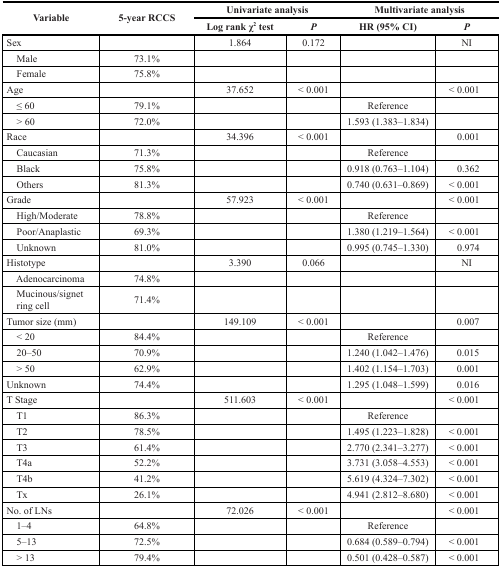
<table><thead><tr><td rowspan="2"><b>Variable</b></td><td rowspan="2"><b>5-year RCCS</b></td><td colspan="2"><b>Univariate analysis</b></td><td colspan="2"><b>Multivariate analysis</b></td></tr><tr><td><b>Log rank <i>χ<sup>2</sup></i> test</b></td><td><b><i>P</i></b></td><td><b>HR (95% CI)</b></td><td><b><i>P</i></b></td></tr></thead><tbody><tr><td>Sex</td><td></td><td>1.864</td><td>0.172</td><td></td><td>NI</td></tr><tr><td> Male</td><td>73.1%</td><td></td><td></td><td></td><td></td></tr><tr><td> Female</td><td>75.8%</td><td></td><td></td><td></td><td></td></tr><tr><td>Age</td><td></td><td>37.652</td><td>&lt; 0.001</td><td></td><td>&lt; 0.001</td></tr><tr><td> ≤ 60</td><td>79.1%</td><td></td><td></td><td>Reference</td><td></td></tr><tr><td> &gt; 60</td><td>72.0%</td><td></td><td></td><td>1.593 (1.383–1.834)</td><td></td></tr><tr><td>Race</td><td></td><td>34.396</td><td>&lt; 0.001</td><td></td><td>0.001</td></tr><tr><td> Caucasian</td><td>71.3%</td><td></td><td></td><td>Reference</td><td></td></tr><tr><td> Black</td><td>75.8%</td><td></td><td></td><td>0.918 (0.763–1.104)</td><td>0.362</td></tr><tr><td> Others</td><td>81.3%</td><td></td><td></td><td>0.740 (0.631–0.869)</td><td>&lt; 0.001</td></tr><tr><td>Grade</td><td></td><td>57.923</td><td>&lt; 0.001</td><td></td><td>&lt; 0.001</td></tr><tr><td> High/Moderate</td><td>78.8%</td><td></td><td></td><td>Reference</td><td></td></tr><tr><td> Poor/Anaplastic</td><td>69.3%</td><td></td><td></td><td>1.380 (1.219–1.564)</td><td>&lt; 0.001</td></tr><tr><td> Unknown</td><td>81.0%</td><td></td><td></td><td>0.995 (0.745–1.330)</td><td>0.974</td></tr><tr><td>Histotype</td><td></td><td>3.390</td><td>0.066</td><td></td><td>NI</td></tr><tr><td> Adenocarcinoma</td><td>74.8%</td><td></td><td></td><td></td><td></td></tr><tr><td> Mucinous/signet ring cell</td><td>71.4%</td><td></td><td></td><td></td><td></td></tr><tr><td>Tumor size (mm)</td><td></td><td>149.109</td><td>&lt; 0.001</td><td></td><td>0.007</td></tr><tr><td> &lt; 20</td><td>84.4%</td><td></td><td></td><td>Reference</td><td></td></tr><tr><td> 20–50</td><td>70.9%</td><td></td><td></td><td>1.240 (1.042–1.476)</td><td>0.015</td></tr><tr><td> &gt; 50</td><td>62.9%</td><td></td><td></td><td>1.402 (1.154–1.703)</td><td>0.001</td></tr><tr><td>Unknown</td><td>74.4%</td><td></td><td></td><td>1.295 (1.048–1.599)</td><td>0.016</td></tr><tr><td>T Stage</td><td></td><td>511.603</td><td>&lt; 0.001</td><td></td><td>&lt; 0.001</td></tr><tr><td> T1</td><td>86.3%</td><td></td><td></td><td>Reference</td><td></td></tr><tr><td> T2</td><td>78.5%</td><td></td><td></td><td>1.495 (1.223–1.828)</td><td>&lt; 0.001</td></tr><tr><td> T3</td><td>61.4%</td><td></td><td></td><td>2.770 (2.341–3.277)</td><td>&lt; 0.001</td></tr><tr><td> T4a</td><td>52.2%</td><td></td><td></td><td>3.731 (3.058–4.553)</td><td>&lt; 0.001</td></tr><tr><td> T4b</td><td>41.2%</td><td></td><td></td><td>5.619 (4.324–7.302)</td><td>&lt; 0.001</td></tr><tr><td> Tx</td><td>26.1%</td><td></td><td></td><td>4.941 (2.812–8.680)</td><td>&lt; 0.001</td></tr><tr><td>No. of LNs</td><td></td><td>72.026</td><td>&lt; 0.001</td><td></td><td>&lt; 0.001</td></tr><tr><td> 1–4</td><td>64.8%</td><td></td><td></td><td>Reference</td><td></td></tr><tr><td> 5–13</td><td>72.5%</td><td></td><td></td><td>0.684 (0.589–0.794)</td><td>&lt; 0.001</td></tr><tr><td> &gt; 13</td><td>79.4%</td><td></td><td></td><td>0.501 (0.428–0.587)</td><td>&lt; 0.001</td></tr></tbody></table>